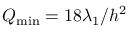
Q _ { \operatorname* { m i n } } = 1 8 \lambda _ { 1 } / h ^ { 2 }